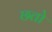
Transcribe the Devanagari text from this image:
छतो